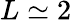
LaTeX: L\simeq 2